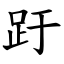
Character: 趶